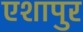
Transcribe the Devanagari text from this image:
एशापुर